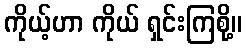
ကိုယ့်ဟာ ကိုယ် ရှင်းကြစို့။